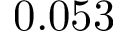
0 . 0 5 3